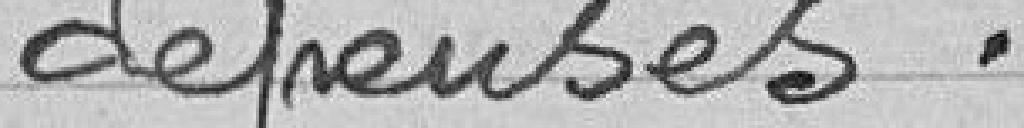
dépenses.